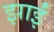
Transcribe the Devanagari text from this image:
झाईं